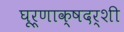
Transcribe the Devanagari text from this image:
घूर्णाक्षदर्शी